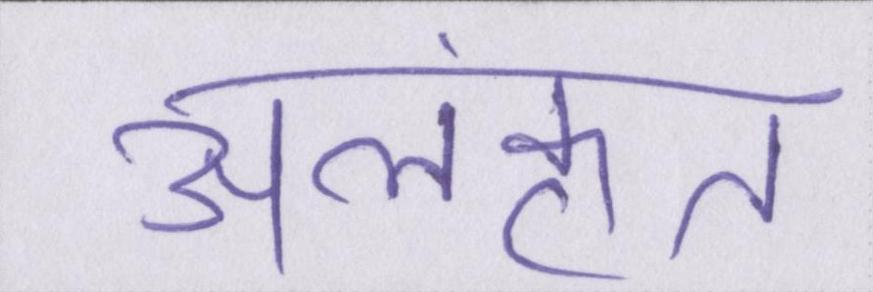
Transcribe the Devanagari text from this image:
अलंकृत